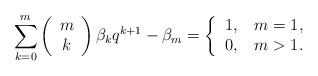
LaTeX: \begin{align*}\sum_{k=0}^{m}\left(\begin{array}[c]{c}m\\k\end{array}\right) \beta_{k}q^{k+1}-\beta_{m}=\left\{\begin{tabular}[c]{ll}$1,$ & $m=1,$\\$0,$ & $m>1.$\end{tabular}\ \ \ \ \ \ \ \ \ \right. \end{align*}